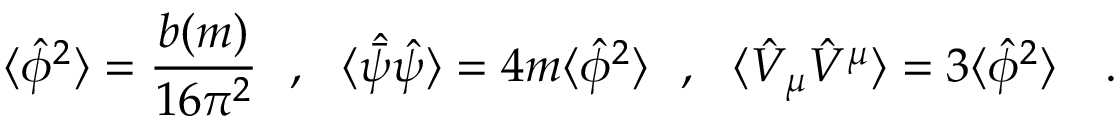
\langle \hat { \phi } ^ { 2 } \rangle = { \frac { b ( m ) } { 1 6 \pi ^ { 2 } } } ~ ~ , ~ ~ \langle \hat { \bar { \psi } } \hat { \psi } \rangle = 4 m \langle \hat { \phi } ^ { 2 } \rangle ~ ~ , ~ ~ \langle \hat { V } _ { \mu } \hat { V } ^ { \mu } \rangle = 3 \langle \hat { \phi } ^ { 2 } \rangle ~ ~ ~ .